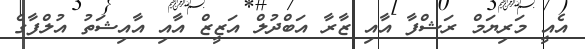
އެއީ މަރިޔަމް ރަޝްފާ އާއި ޒާރާ އަބްދުލް އަޒީޒް އާއި އާއިޝަތު އުލްފާގެ